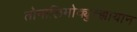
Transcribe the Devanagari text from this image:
तोनालिमोक्युत्झायान